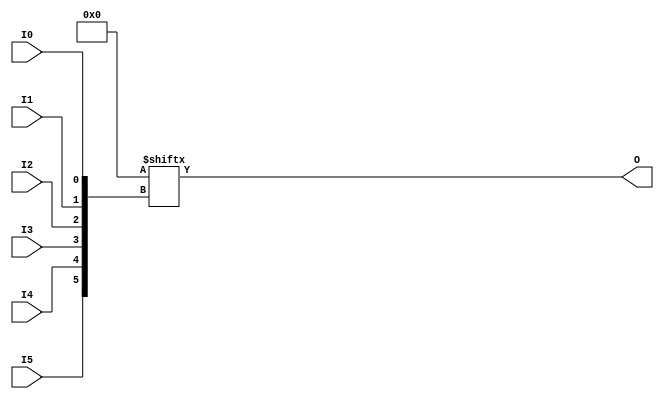
module LUT6 (O, I0, I1, I2, I3, I4, I5);

  parameter INIT = 64'h0000000000000000;

`ifdef XIL_TIMING

  parameter LOC = "UNPLACED";

`endif

  output O;
  input I0, I1, I2, I3, I4, I5;

  wire a0, a1, a2, a3, a4, a5;
  wire o_out_tmp;

  buf b0 (a0, I0);
  buf b1 (a1, I1);
  buf b2 (a2, I2);
  buf b3 (a3, I3);
  buf b4 (a4, I4);
  buf b5 (a5, I5);
  buf b6 (O, o_out_tmp);

  reg o_out;
  reg tmp;
  assign o_out_tmp = o_out;

  always @( a5 or a4 or a3 or  a2 or  a1 or  a0 )  begin

    tmp =  a0 ^ a1  ^ a2 ^ a3 ^ a4 ^ a5;

    if ( tmp == 0 || tmp == 1)

        o_out = INIT[{a5, a4, a3, a2, a1, a0}];

    else

      o_out =  lut6_mux8 ( {lut6_mux8 ( INIT[63:56], {a2, a1, a0}),
                          lut6_mux8 ( INIT[55:48], {a2, a1, a0}),
                          lut6_mux8 ( INIT[47:40], {a2, a1, a0}),
                          lut6_mux8 ( INIT[39:32], {a2, a1, a0}),
                          lut6_mux8 ( INIT[31:24], {a2, a1, a0}),
                          lut6_mux8 ( INIT[23:16], {a2, a1, a0}),
                          lut6_mux8 ( INIT[15:8], {a2, a1, a0}),
                          lut6_mux8 ( INIT[7:0], {a2, a1, a0}) }, {a5, a4, a3});
  end



  specify

	(I0 => O) = (0:0:0, 0:0:0);
	(I1 => O) = (0:0:0, 0:0:0);
	(I2 => O) = (0:0:0, 0:0:0);
	(I3 => O) = (0:0:0, 0:0:0);
	(I4 => O) = (0:0:0, 0:0:0);
	(I5 => O) = (0:0:0, 0:0:0);
	specparam PATHPULSE$ = 0;

  endspecify


  function lut6_mux8;
  input [7:0] d;
  input [2:0] s;
   
  begin

       if ((s[2]^s[1]^s[0] ==1) || (s[2]^s[1]^s[0] ==0))
           
           lut6_mux8 = d[s];

         else
           if ( ~(|d))
                 lut6_mux8 = 1'b0;
           else if ((&d))
                 lut6_mux8 = 1'b1;
           else if (((s[1]^s[0] ==1'b1) || (s[1]^s[0] ==1'b0)) && (d[{1'b0,s[1:0]}]==d[{1'b1,s[1:0]}]))
                 lut6_mux8 = d[{1'b0,s[1:0]}];
           else if (((s[2]^s[0] ==1) || (s[2]^s[0] ==0)) && (d[{s[2],1'b0,s[0]}]==d[{s[2],1'b1,s[0]}]))
                 lut6_mux8 = d[{s[2],1'b0,s[0]}];
           else if (((s[2]^s[1] ==1) || (s[2]^s[1] ==0)) && (d[{s[2],s[1],1'b0}]==d[{s[2],s[1],1'b1}]))
                 lut6_mux8 = d[{s[2],s[1],1'b0}];
           else if (((s[0] ==1) || (s[0] ==0)) && (d[{1'b0,1'b0,s[0]}]==d[{1'b0,1'b1,s[0]}]) &&
              (d[{1'b0,1'b0,s[0]}]==d[{1'b1,1'b0,s[0]}]) && (d[{1'b0,1'b0,s[0]}]==d[{1'b1,1'b1,s[0]}]))
                 lut6_mux8 = d[{1'b0,1'b0,s[0]}];
           else if (((s[1] ==1) || (s[1] ==0)) && (d[{1'b0,s[1],1'b0}]==d[{1'b0,s[1],1'b1}]) &&
              (d[{1'b0,s[1],1'b0}]==d[{1'b1,s[1],1'b0}]) && (d[{1'b0,s[1],1'b0}]==d[{1'b1,s[1],1'b1}]))
                 lut6_mux8 = d[{1'b0,s[1],1'b0}];
           else if (((s[2] ==1) || (s[2] ==0)) && (d[{s[2],1'b0,1'b0}]==d[{s[2],1'b0,1'b1}]) &&
              (d[{s[2],1'b0,1'b0}]==d[{s[2],1'b1,1'b0}]) && (d[{s[2],1'b0,1'b0}]==d[{s[2],1'b1,1'b1}]))
                 lut6_mux8 = d[{s[2],1'b0,1'b0}];
           else
                 lut6_mux8 = 1'bx;
   end
  endfunction

endmodule